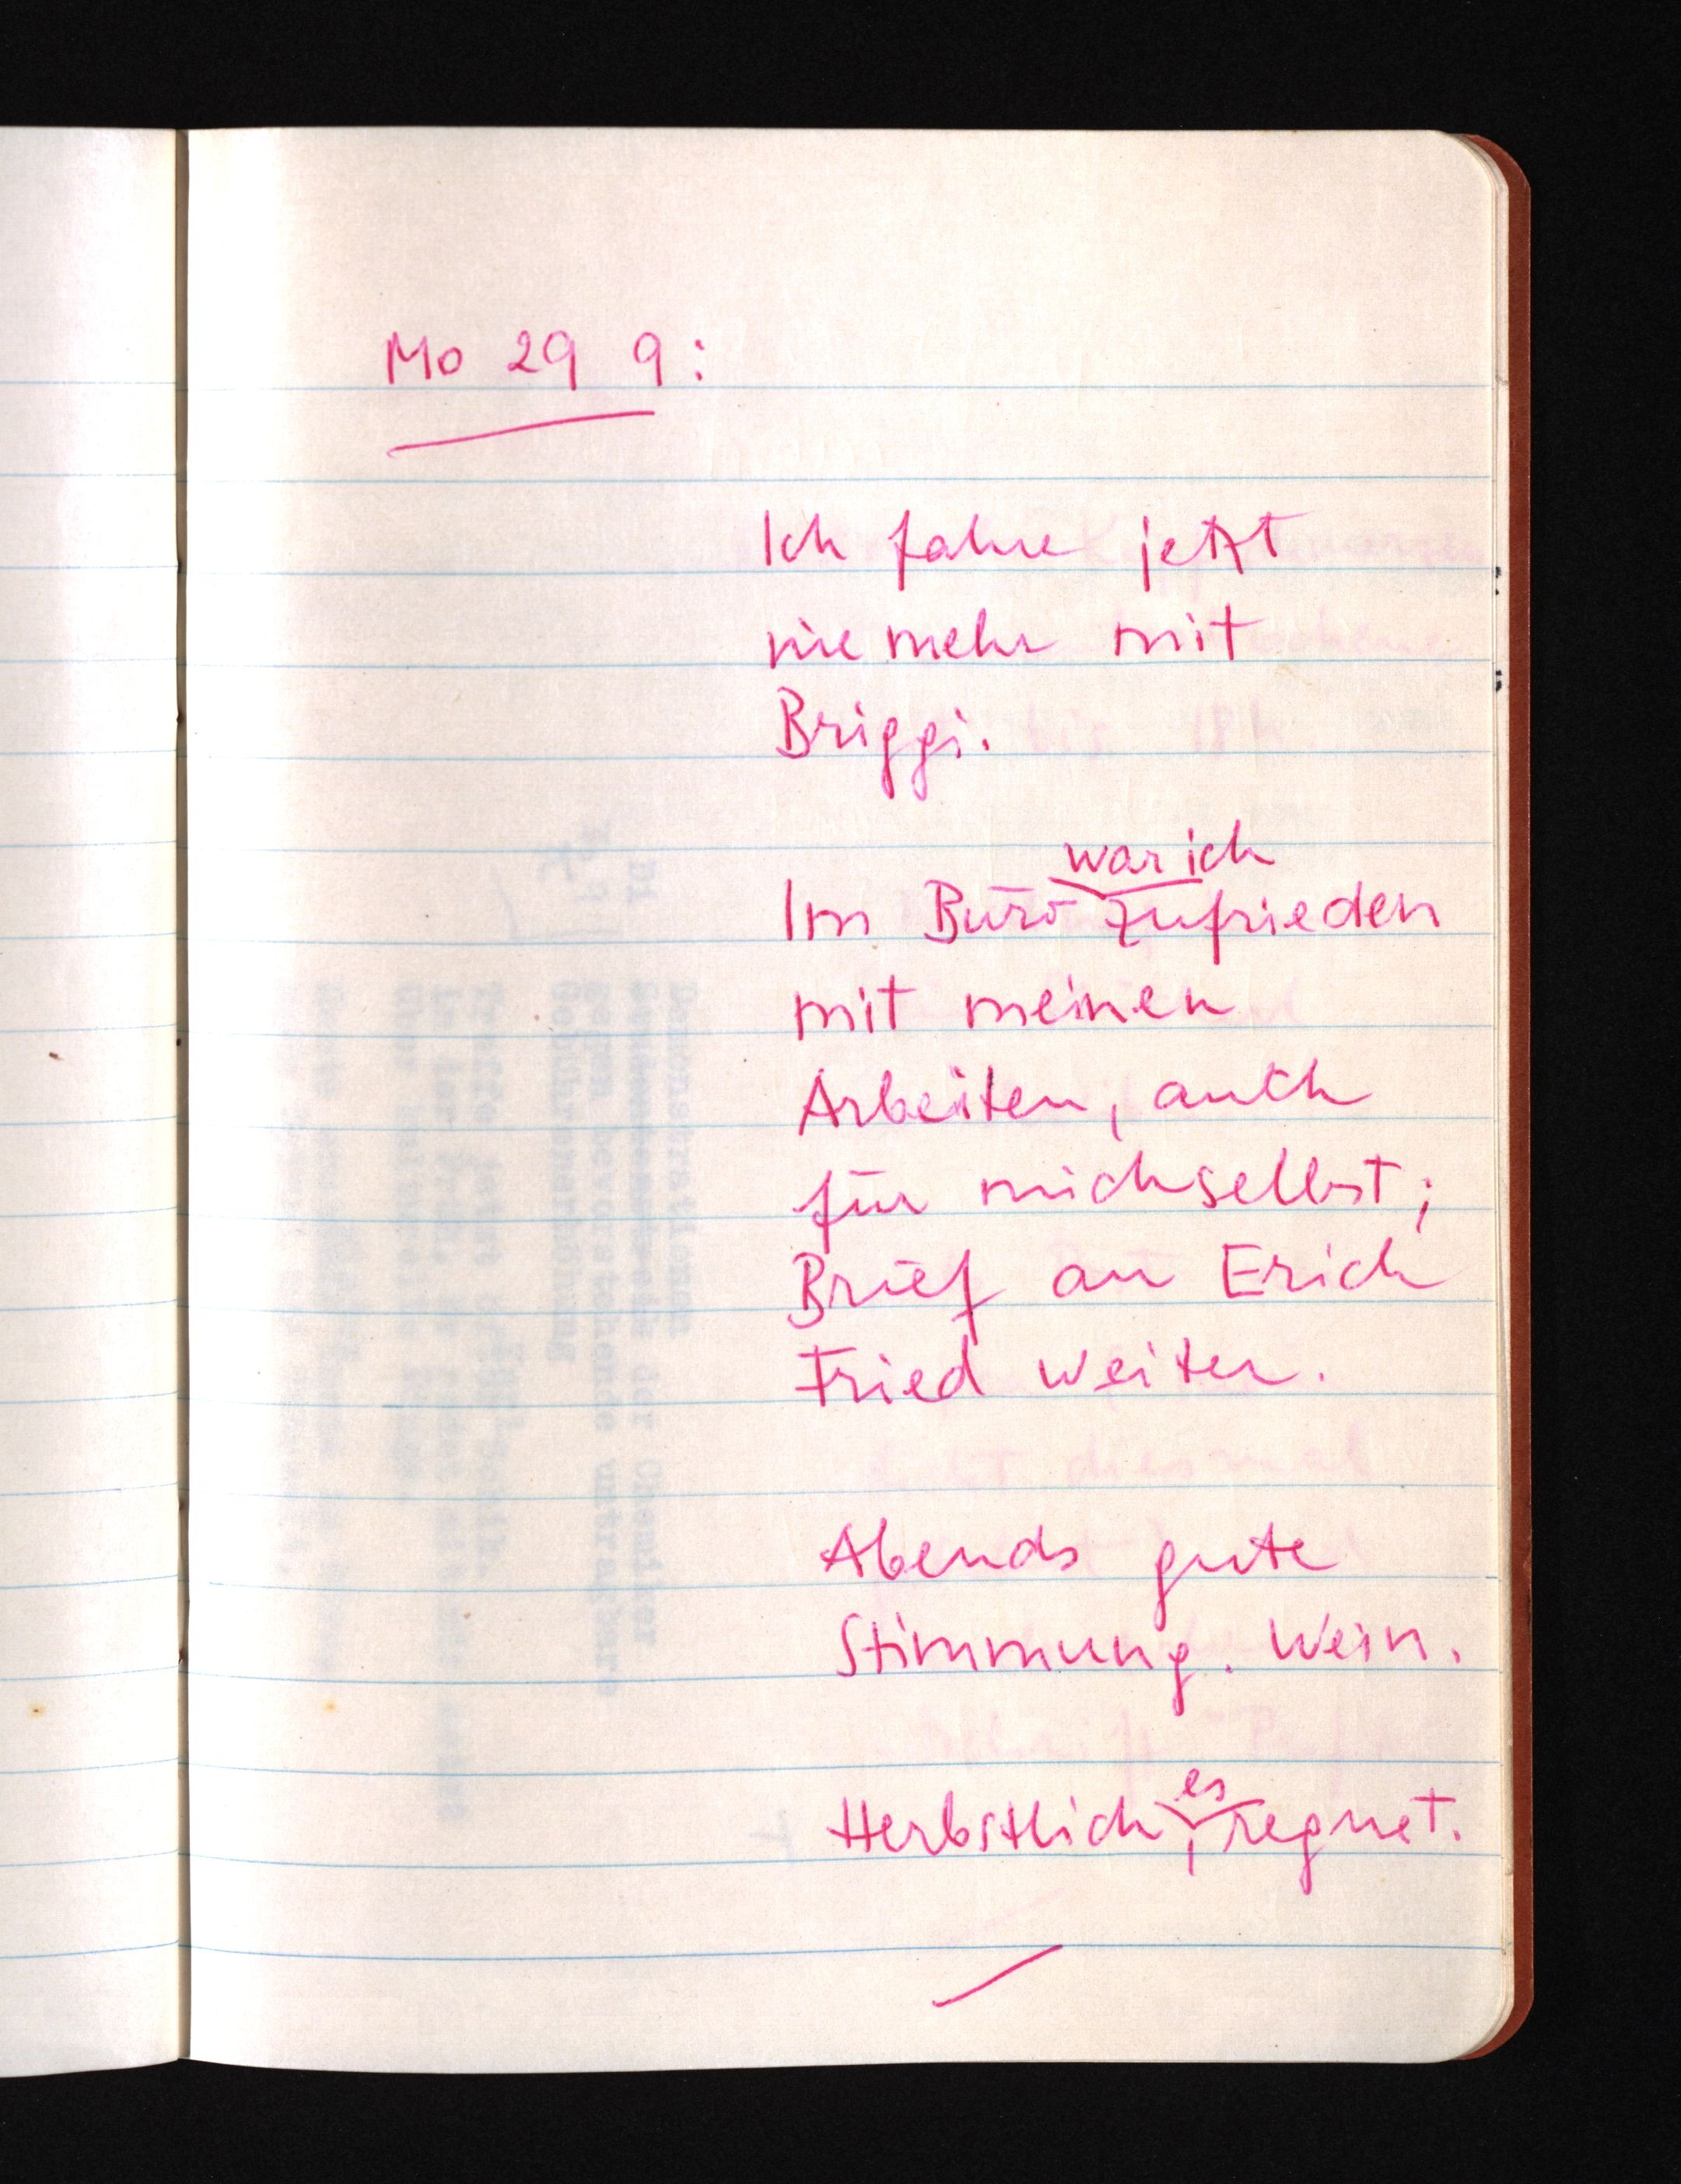
Mo 29 9:
Ich fahre jetzt
nie mehr mit
Briggi.
war ich
Im Büro zufrieden
mit meinen
Arbeiten, auch
für mich selbst;
Brief an Erich
Fried weiter.
Abends gute
Stimmung. Wein.
es
Herbstlich, regnet.